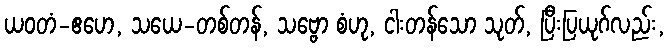
ယဝတံ-ဧဟေ, သယေ-တစ်တန်, သဗ္ဗော စံဟု, ငါးတန်သော သုတ်, ပြီးပြယုဂ်လည်း,